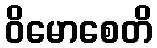
ဝိမောစေတိ